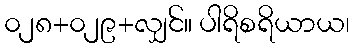
၀၂၈+၀၂၉+လျှင်။ ပါရိစရိယာယ၊